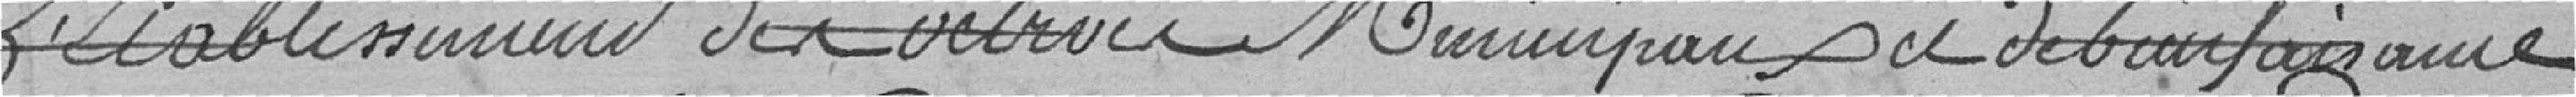
l'établissement des octrois municipaux et de bienfaisance